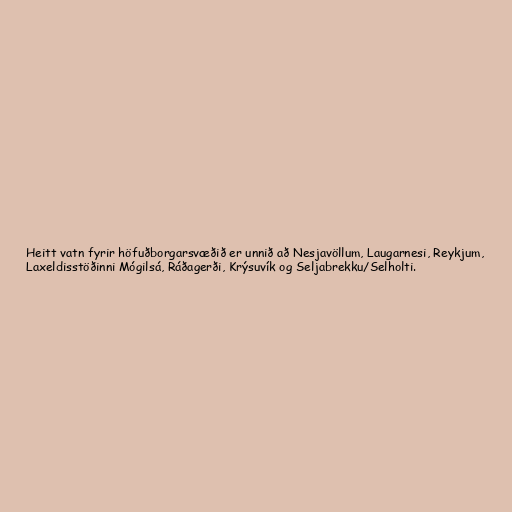
Heitt vatn fyrir höfuðborgarsvæðið er unnið að Nesjavöllum, Laugarnesi, Reykjum,
Laxeldisstöðinni Mógilsá, Ráðagerði, Krýsuvík og Seljabrekku/Selholti.